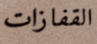
القفازات